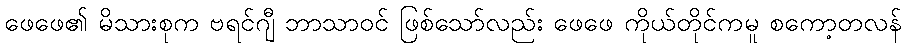
ဖေဖေ၏ မိသားစုက ဗရင်ဂျီ ဘာသာဝင် ဖြစ်သော်လည်း ဖေဖေ ကိုယ်တိုင်ကမူ စကော့တလန်